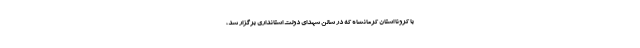
با کرونا استان کرمانشاه که در سالن شهدای دولت استانداری برگزار شد،